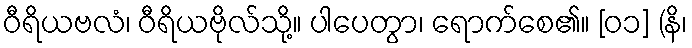
ဝီရိယဗလံ၊ ဝီရိယဗိုလ်သို့။ ပါပေတွာ၊ ရောက်စေ၏။ [၀၁] (နိ၊